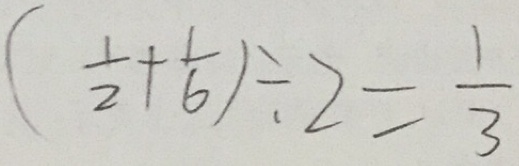
( \frac { 1 } { 2 } + \frac { 1 } { 6 } ) \div 2 = \frac { 1 } { 3 }